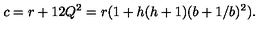
c = r + 1 2 Q ^ { 2 } = r ( 1 + h ( h + 1 ) ( b + 1 / b ) ^ { 2 } ) .